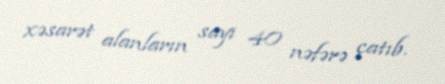
xəsarət alanların sayı 40 nəfərə çatıb.